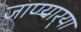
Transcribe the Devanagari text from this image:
जाण्यार्‍या